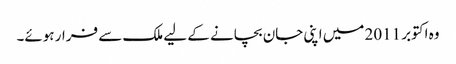
وہ اکتوبر 2011 میں اپنی جان بچانے کے لیے ملک سے فرار ہوئے۔